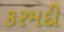
કરમદી